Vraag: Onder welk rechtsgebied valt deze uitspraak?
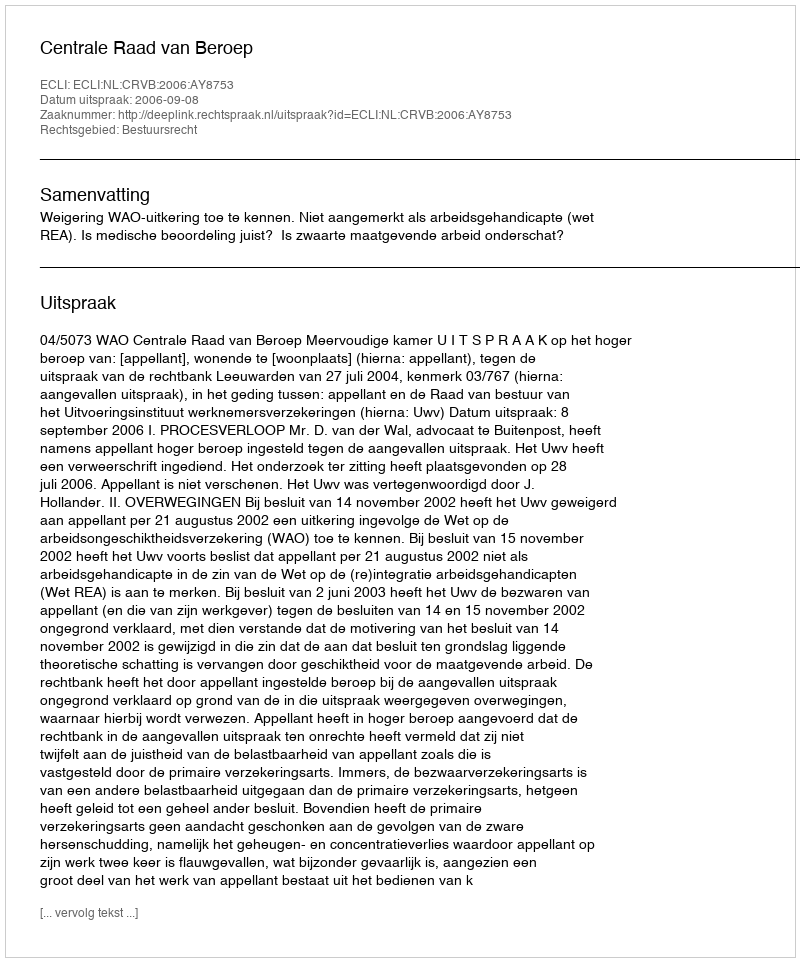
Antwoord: Bestuursrecht